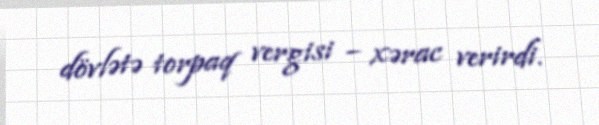
dövlətə torpaq vergisi – xərac verirdi.